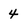
Character: 4